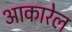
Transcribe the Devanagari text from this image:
आकारेल